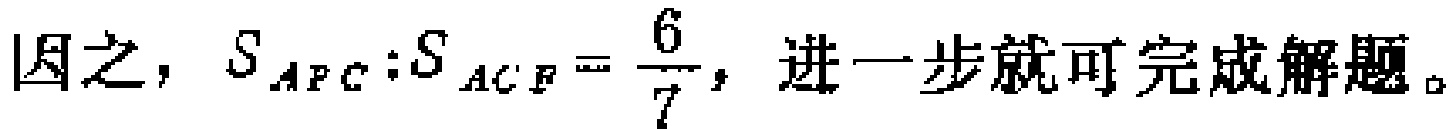
因之，$S_{APC}:S_{ACF}=\dfrac{6}{7}$，进一步就可完成解题。